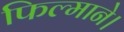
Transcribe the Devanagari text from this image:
फिल्माने।